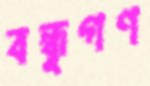
বন্ধুগণ